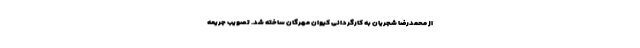
از محمدرضا شجریان به کارگردانی کیوان مهرگان ساخته شد. تصويب جریمه